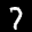
Label: 7